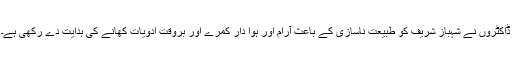
ڈاکٹروں نے شہباز شریف کو طبیعت ناسازی کے باعث آرام اور ہوا دار کمرے اور بروقت ادویات کھانے کی ہدایت دے رکھی ہے۔